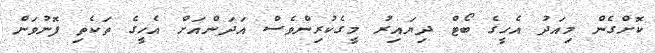
ކޮށްގެން މިއަދު އެހީގެ ބޯޓް ދިޔައިރު މީގެކުރިންވެސް އަދަންއަށް އެހީގެ ތަކެތި ފޮނުވަން